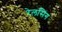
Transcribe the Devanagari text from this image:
रेलसिंग